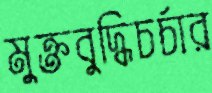
মুক্তবুদ্ধিচর্চার